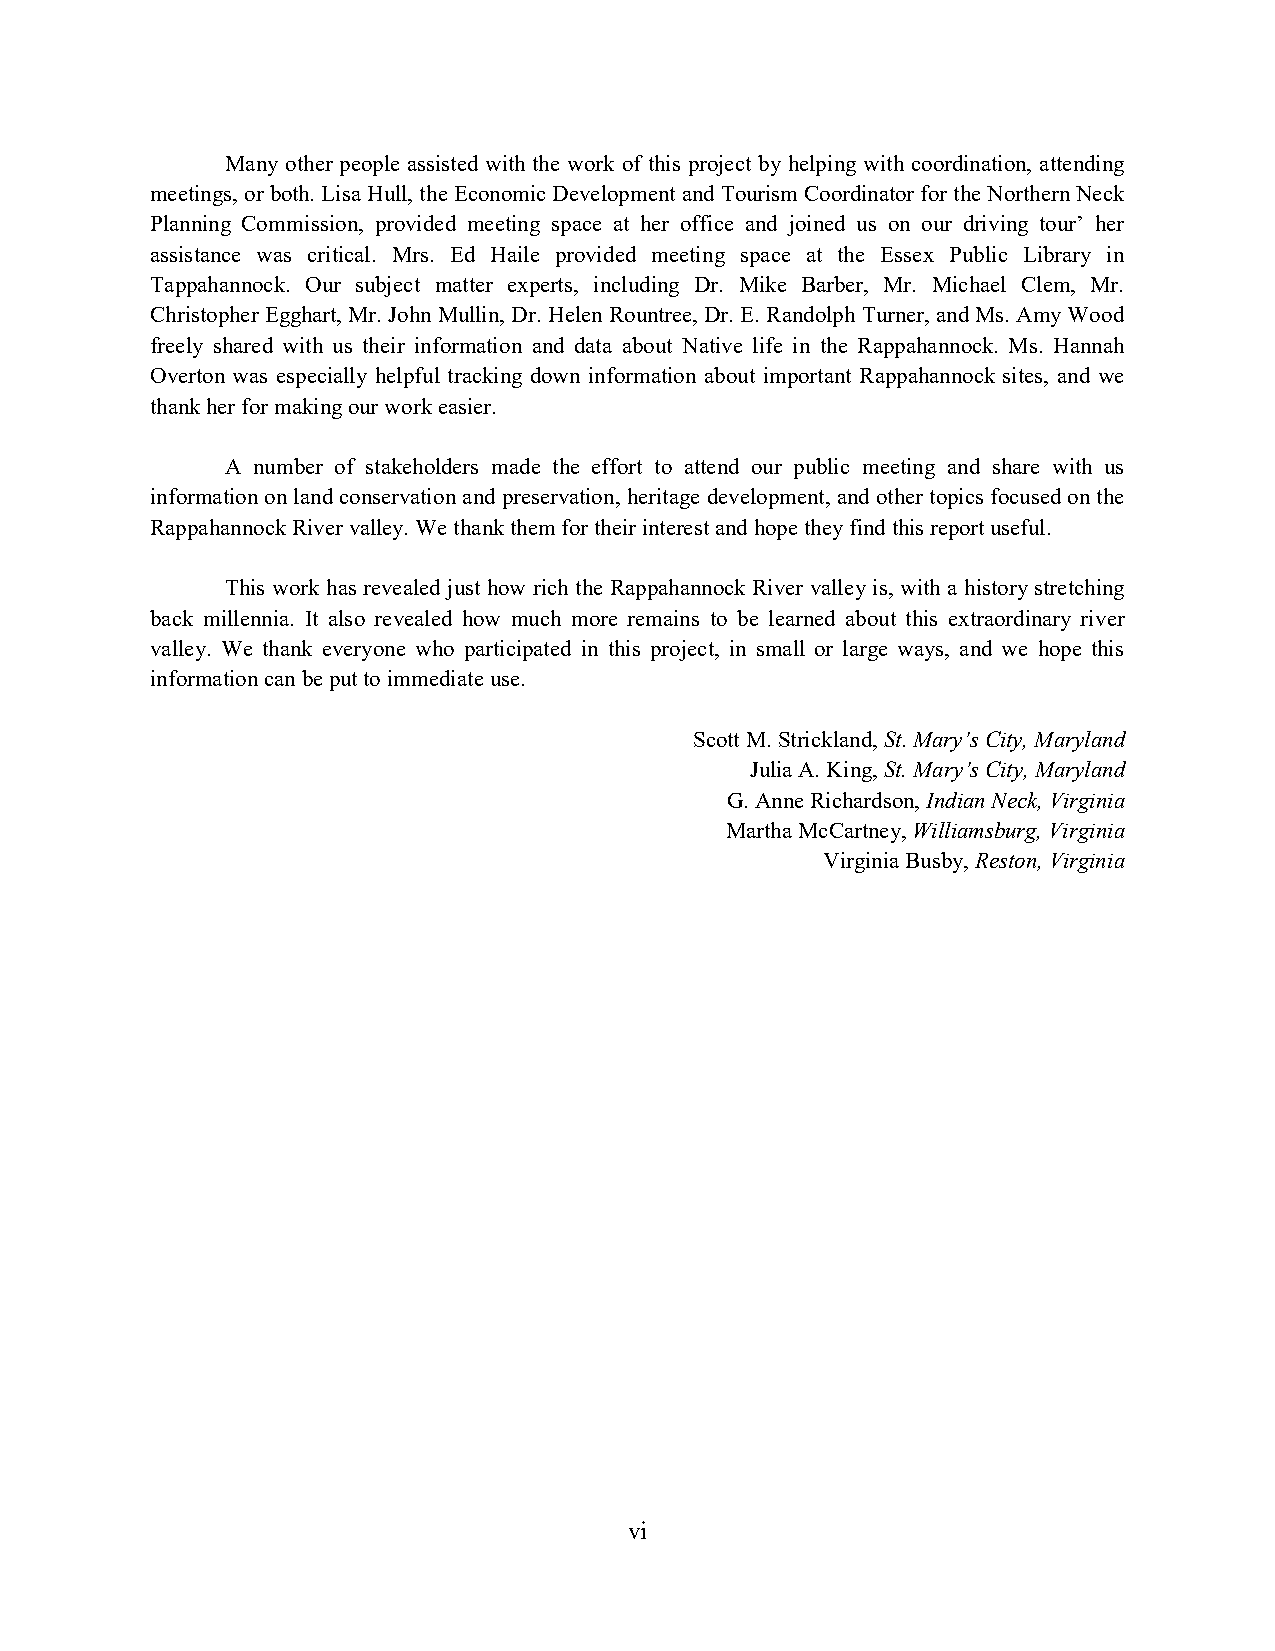
Many other people assisted with the work of this project by helping with coordination, attending
 meetings, or both. Lisa Hull, the Economic Development and Tourism Coordinator for the Northern Neck
 Planning Commission, provided meeting space at her office and joined us on our driving tour’ her
 assistance was critical. Mrs. Ed Haile provided meeting space at the Essex Public Library in
 Tappahannock. Our subject matter experts, including Dr. Mike Barber, Mr. Michael Clem, Mr.
 Christopher Egghart, Mr. John Mullin, Dr. Helen Rountree, Dr. E. Randolph Turner, and Ms. Amy Wood
 freely shared with us their information and data about Native life in the Rappahannock. Ms. Hannah
 Overton was especially helpful tracking down information about important Rappahannock sites, and we
 thank her for making our work easier.
 A number of stakeholders made the effort to attend our public meeting and share with us
 information on land conservation and preservation, heritage development, and other topics focused on the
 Rappahannock River valley. We thank them for their interest and hope they find this report useful.
 This work has revealed just how rich the Rappahannock River valley is, with a history stretching
 back millennia. It also revealed how much more remains to be learned about this extraordinary river
 valley. We thank everyone who participated in this project, in small or large ways, and we hope this
 information can be put to immediate use.
 Scott M. Strickland, St. Mary’s City, Maryland
 Julia A. King, St. Mary’s City, Maryland
 G. Anne Richardson, Indian Neck, Virginia
 Martha McCartney, Williamsburg, Virginia
 Virginia Busby, Reston, Virginia
 vi